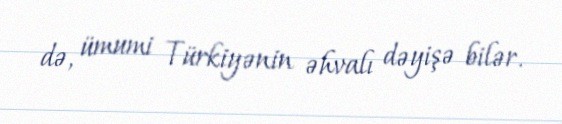
də, ümumi Türkiyənin əhvalı dəyişə bilər.